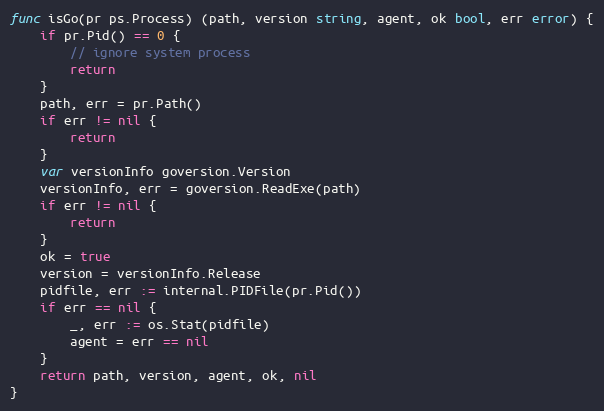
Language: Go
func isGo(pr ps.Process) (path, version string, agent, ok bool, err error) {
	if pr.Pid() == 0 {
		// ignore system process
		return
	}
	path, err = pr.Path()
	if err != nil {
		return
	}
	var versionInfo goversion.Version
	versionInfo, err = goversion.ReadExe(path)
	if err != nil {
		return
	}
	ok = true
	version = versionInfo.Release
	pidfile, err := internal.PIDFile(pr.Pid())
	if err == nil {
		_, err := os.Stat(pidfile)
		agent = err == nil
	}
	return path, version, agent, ok, nil
}